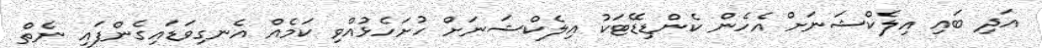
އަދި ބައި އިލެކްޝަނަށް އެހެން ކެންޑިޑޭޓަކު އިލެކްޝަނަށް ހުށަހެޅުއްވި ކަމެއް އެނގިވަޑައިގެންފައި ނެތް